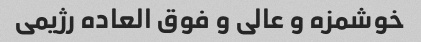
خوشمزه و عالی و فوق العاده رژیمی